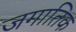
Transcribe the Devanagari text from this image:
जगातिक